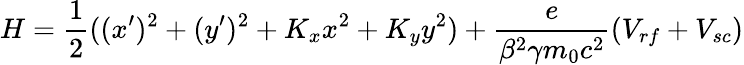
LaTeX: H=\frac{1}{2}((x^{\prime})^{2}+(y^{\prime})^{2}+K_{x}x^{2}+K_{y}y^{2})+\frac{e}{\beta^{2}\gamma m_{0}c^{2}}(V_{rf}+V_{sc})